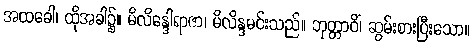
အထခေါ၊ ထိုအခါ၌။ မိလိန္ဒေါရာဇာ၊ မိလိန္ဒမင်းသည်။ ဘုတ္တာဝိံ၊ ဆွမ်းစားပြီးသော။